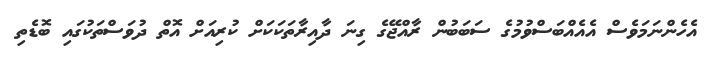
އެހެންނަމަވެސް އެއެއްބަސްވުމުގެ ސަބަބުން ރާއްޖޭގެ ގިނަ ދާއިރާތަކަކަށް ކުރިއަށް އޮތް ދުވަސްތަކުގައި ބޮޑެތި